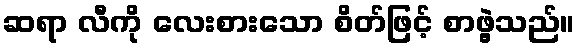
ဆရာ လီကို လေးစားသော စိတ်ဖြင့် စာဖွဲ့သည်။